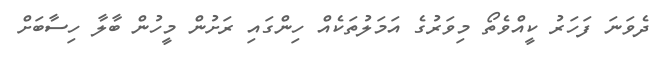
ދެވަނަ ފަހަރު ކީއްވެތޯ މިވަރުގެ އަމަލުތަކެއް ހިންގައި ރަށުން މީހުން ބާލާ ހިސާބަށް